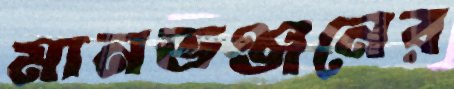
মানভঞ্জনের